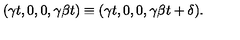
( \gamma t , 0 , 0 , \gamma \beta t ) \equiv ( \gamma t , 0 , 0 , \gamma \beta t + \delta ) .